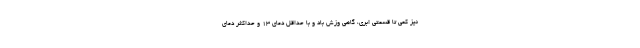
نیز کمی تا قسمتی ابری، گاهی وزش باد و با حداقل دمای ۱۳ و حداکثر دمای